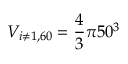
V _ { i \neq 1 , 6 0 } = \frac { 4 } { 3 } \pi 5 0 ^ { 3 }